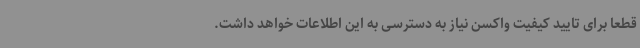
قطعا برای تایید کیفیت واکسن نیاز به دسترسی به این اطلاعات خواهد داشت.